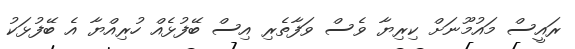
ރައީސް މައުމޫނަށް ކިރިޔާ ވެސް ވަފާތެރި އިސް ބޭފުޅެއް ހުރިއްޔާ އެ ބޭފުޅަކު